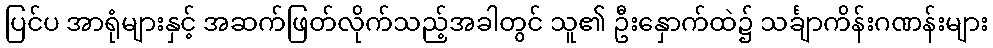
ပြင်ပ အာရုံများနှင့် အဆက်ဖြတ်လိုက်သည့်အခါတွင် သူ၏ ဦးနှောက်ထဲ၌ သင်္ချာကိန်းဂဏန်းများ